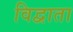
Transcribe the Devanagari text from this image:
विद्वाता